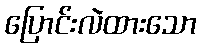
ပြောင်းလဲထားသော